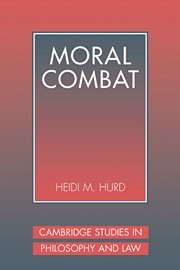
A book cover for Moral Combat: The Dilemma of Legal Perspectivalism (Cambridge Studies in Philosophy and Law); Heidi Hurd; Law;